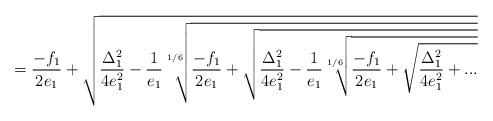
LaTeX: \begin{align*}=\frac{-f_1}{2e_1}+\sqrt{\frac{\Delta_1^2}{4e_1^2}-\frac{1}{e_1}\sqrt[1/6]{\frac{-f_1}{2e_1}+\sqrt{\frac{\Delta_1^2}{4e_1^2}-\frac{1}{e_1}\sqrt[1/6]{\frac{-f_1}{2e_1}+\sqrt{\frac{\Delta_1^2}{4e_1^2}+...}}}}}\end{align*}